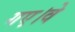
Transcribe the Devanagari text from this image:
गए।वे